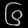
Digit: ၆